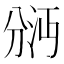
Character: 𫦇